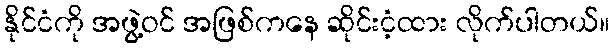
နိုင်ငံကို အဖွဲ့ဝင် အဖြစ်ကနေ ဆိုင်းငံ့ထား လိုက်ပါတယ်။